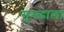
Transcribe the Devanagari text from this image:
सुमद्राला